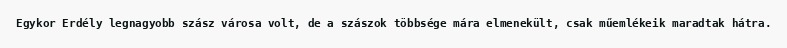
Egykor Erdély legnagyobb szász városa volt, de a szászok többsége mára elmenekült, csak műemlékeik maradtak hátra.